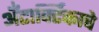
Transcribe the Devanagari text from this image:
अँटार्क्टिकाचे